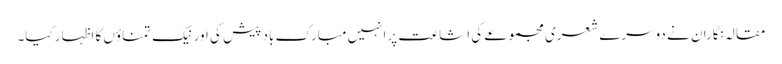
مقالہ نگاران نے دوسرے شعری مجموعے کی اشاعت پرانہیں مبارک باد پیش کی اور نیک تمناؤں کا اظہار کیا۔